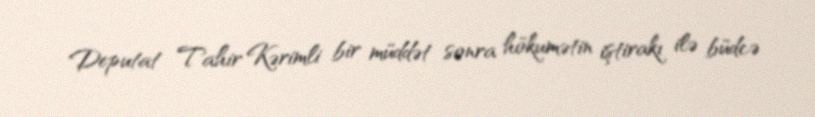
Deputat Tahir Kərimli bir müddət sonra hökumətin iştirakı ilə büdcə